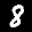
Digit: 8